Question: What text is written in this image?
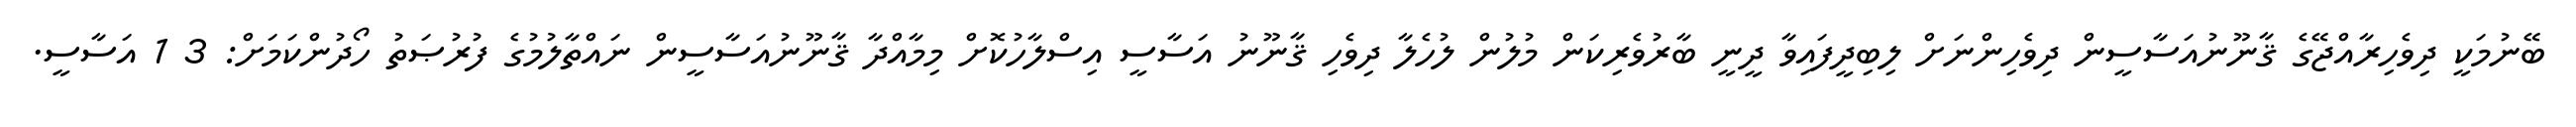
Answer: ބޭނުމަކީ ދިވެހިރާއްޖޭގެ ޤާނޫނުއަސާސީން ދިވެހިންނަށް ލިބިދީފައިވާ ދީނީ ބާރުވެރިކަން މުލުން ލުހެލާ ދިވެހި ޤާނޫނު އަސާސީ އިސްލާހުކޮށް މިމާއްދާ ޤާނޫނުއަސާސީން ނައްތާލުމުގެ ފުރުޞަތު ހޯދުންކަމަށް: 3 1 އަސާސީ.